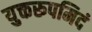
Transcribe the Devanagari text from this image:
युक्तरूपमिदं